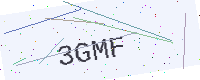
Text: 3GMF